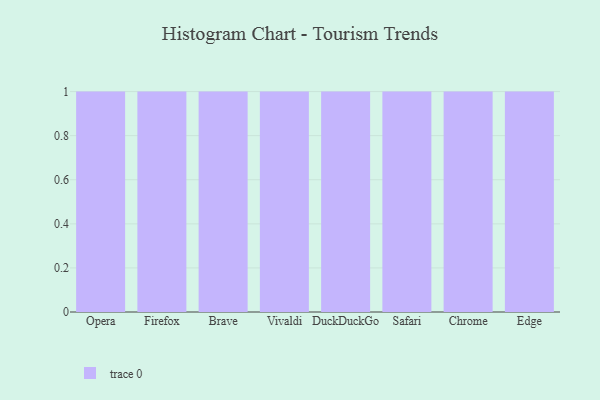
{"axis": {"x": "Browser", "y": "Customer Acquisition Cost (USD)"}, "legend": [""], "data": [{"x": "Opera", "y": 81, "type": ""}, {"x": "Firefox", "y": 65, "type": ""}, {"x": "Brave", "y": 75, "type": ""}, {"x": "Vivaldi", "y": 8, "type": ""}, {"x": "DuckDuckGo", "y": 83, "type": ""}, {"x": "Safari", "y": 36, "type": ""}, {"x": "Chrome", "y": 76, "type": ""}, {"x": "Edge", "y": 72, "type": ""}]}